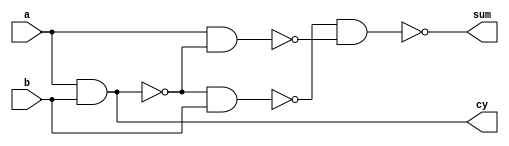
`timescale 1ns / 1ps
//////////////////////////////////////////////////////////////////////////////////
// Company: 
// Engineer: 
// 
// Design Name: 
// Module Name: ha_nand
// Project Name: 
// Target Devices: 
// Tool Versions: 
// Description: 
// 
// Dependencies: 
// 
// Revision:
// Revision 0.01 - File Created
// Additional Comments:
// 
//////////////////////////////////////////////////////////////////////////////////


module ha_nand(input a,b,output sum,cy );
wire w1,w2,w3;
nand n1(w1,a,b);
nand n2(w2,a,w1);
nand n3(w3,w1,b);
nand n4(sum,w3,w2);
nand n5(cy,w1,w1);
endmodule